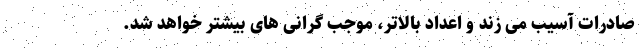
صادرات آسیب می زند و اعداد بالاتر، موجب گرانی های بیشتر خواهد شد.